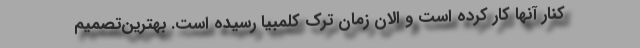
کنار آنها کار کرده است و الان زمان ترک کلمبیا رسیده است. بهترین‌تصمیم